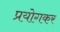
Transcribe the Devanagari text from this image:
प्रयोगकर